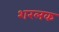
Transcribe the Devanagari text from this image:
शरलक